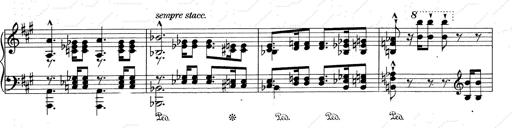
Title: RÃ©miniscences de Don Juan
Composer: Franz Liszt